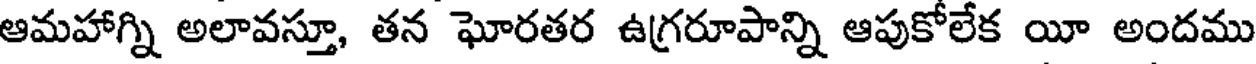
ఆమహాగ్ని అలావస్తూ, తన ఘోరతర ఉగ్రరూపాన్ని ఆపుకోలేక యీ అందము